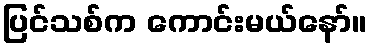
ပြင်သစ်က ကောင်းမယ်နော်။